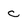
Character: c